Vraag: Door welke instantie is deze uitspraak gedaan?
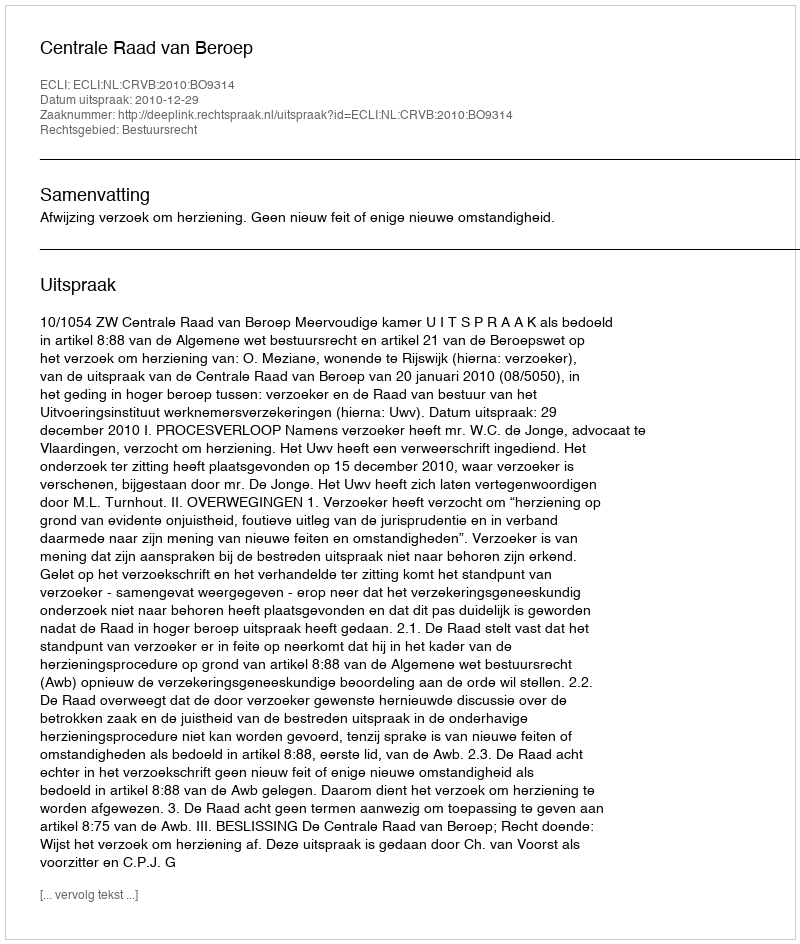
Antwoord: Centrale Raad van Beroep